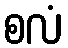
စလံ